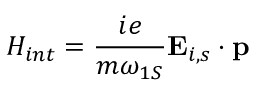
H _ { i n t } = \frac { i e } { m \omega _ { 1 S } } { \bf E } _ { i , s } \cdot { \bf p }